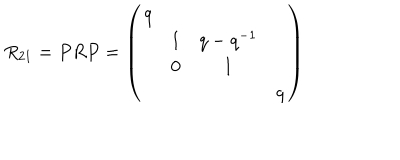
R _ { 2 1 } = P R P = \left( \begin{array} { c c c c } { { q } } & { { } } & { { } } & { { } } \\ { { } } & { { 1 } } & { { q - q ^ { - 1 } } } & { { } } \\ { { } } & { { 0 } } & { { 1 } } & { { } } \\ { { } } & { { } } & { { } } & { { q } } \\ \end{array} \right)